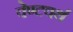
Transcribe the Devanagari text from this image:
वेण्टवर्थ